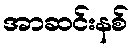
အာဆင်းနစ်